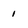
Character: 1